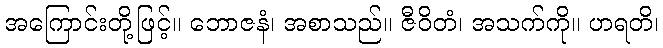
အကြောင်းတို့ဖြင့်။ ဘောဇနံ၊ အစာသည်။ ဇီဝိတံ၊ အသက်ကို။ ဟရတိ၊